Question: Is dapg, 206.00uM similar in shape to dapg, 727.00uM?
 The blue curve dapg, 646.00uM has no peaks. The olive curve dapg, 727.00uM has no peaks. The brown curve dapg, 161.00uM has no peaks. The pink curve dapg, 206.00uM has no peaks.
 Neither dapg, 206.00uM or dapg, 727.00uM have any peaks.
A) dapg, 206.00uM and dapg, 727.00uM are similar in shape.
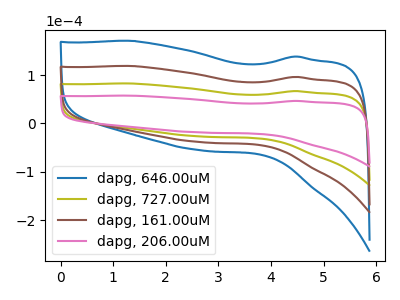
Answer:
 <answer>A) "dapg, 206.00uM" and "dapg, 727.00uM" are similar in shape.</answer>
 <eval>A</eval>